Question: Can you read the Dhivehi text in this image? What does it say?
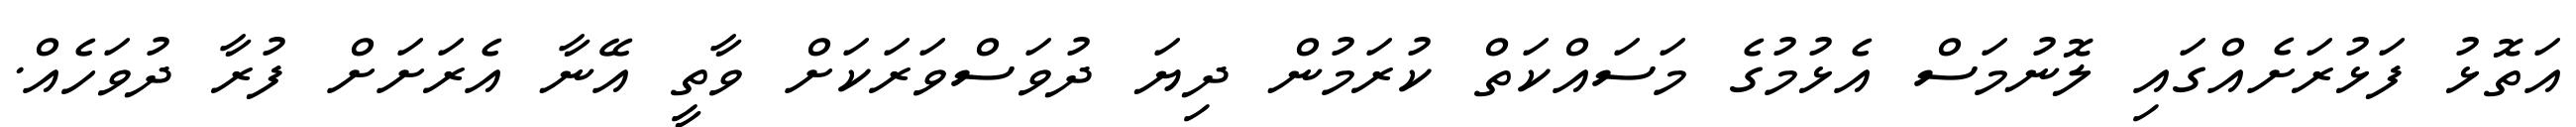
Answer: އަތޮޅު ފަޅުރަށެއްގައި ލޮނުމަސް އެޅުމުގެ މަސައްކަތް ކުރަމުން ދިޔަ ދުވަސްވަރަކަށް ވާތީ އޭނާ އެރަށަށް ފުރާ ދުވަހެއް.